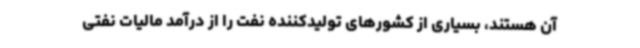
آن هستند، بسیاری از کشورهای تولیدکننده نفت را از درآمد مالیات نفتی